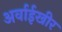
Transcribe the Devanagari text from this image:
अर्वाईखीर